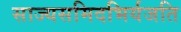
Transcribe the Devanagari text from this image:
साज्यसमिदभिर्यजति